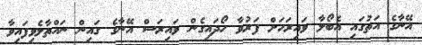
އޭނާގެ އަތުގައި އެބޯލާ ވައިރަހަށް ފަރުވާ ހޯދައިގެން ވައިރަސް އޭނާގެ ގައިން ނައްތާލެވިފައިވާ